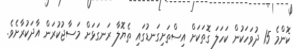
ކޮންމެ 15 ދުވަހަކުން ކަހަލަ ގޮތަކަށް އިސްތަށިގަނޑުގައި ތެޔޮލާ ރަނގަޅަށް މަސާޖުކުރަން އާދަކުރާށެވެ.